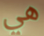
هي